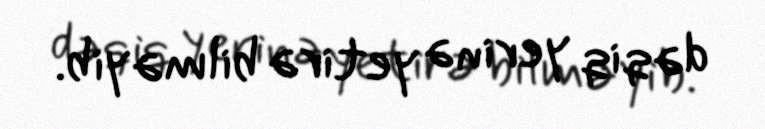
dəqiq yerinə yetirə bilməyib.